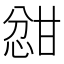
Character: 𫺦